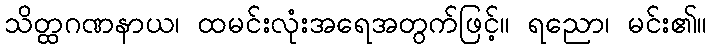
သိတ္ထဂဏနာယ၊ ထမင်းလုံးအရေအတွက်ဖြင့်။ ရညော၊ မင်း၏။